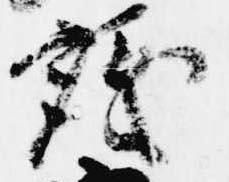
議